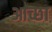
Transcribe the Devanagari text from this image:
आच्छा